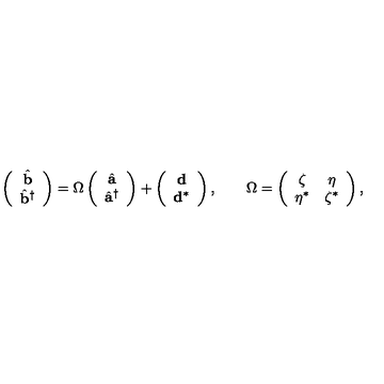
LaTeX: \left( \begin{array} { c } { \hat { { \bf b } } } \\ { \hat { { \bf b } } ^ { \dagger } } \\ \end{array} \right) = \Omega \left( \begin{array} { c } { \hat { { \bf a } } } \\ { \hat { { \bf a } } ^ { \dagger } } \\ \end{array} \right) + \left( \begin{array} { c } { { \bf d } } \\ { { \bf d } ^ { * } } \\ \end{array} \right) , \qquad \Omega = \left( \begin{array} { c c } { \zeta } & { \eta } \\ { \eta ^ { * } } & { \zeta ^ { * } } \\ \end{array} \right) ,